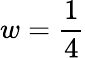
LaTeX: w=\frac{1}{4}